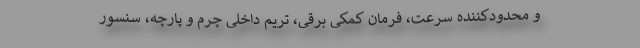
و محدودکننده سرعت، فرمان کمکی برقی، تریم داخلی چرم و پارچه، سنسور